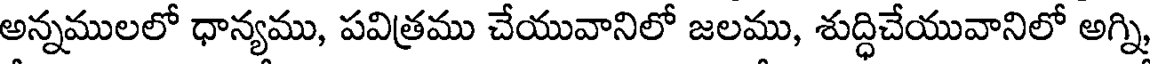
అన్నములలో ధాన్యము, పవిత్రము చేయువానిలో జలము, శుద్ధిచేయువానిలో అగ్ని